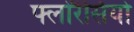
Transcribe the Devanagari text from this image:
फ्लोरैंसियो